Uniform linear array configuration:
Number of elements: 12
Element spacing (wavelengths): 0.5
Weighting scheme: kaiser
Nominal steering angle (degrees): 15
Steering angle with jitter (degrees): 16.729
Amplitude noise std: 0.05
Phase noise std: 0.05

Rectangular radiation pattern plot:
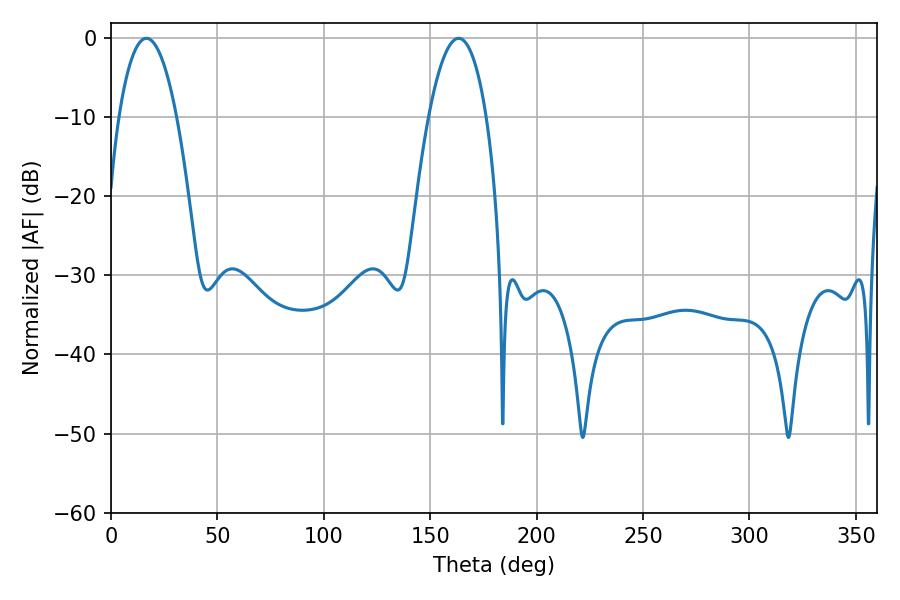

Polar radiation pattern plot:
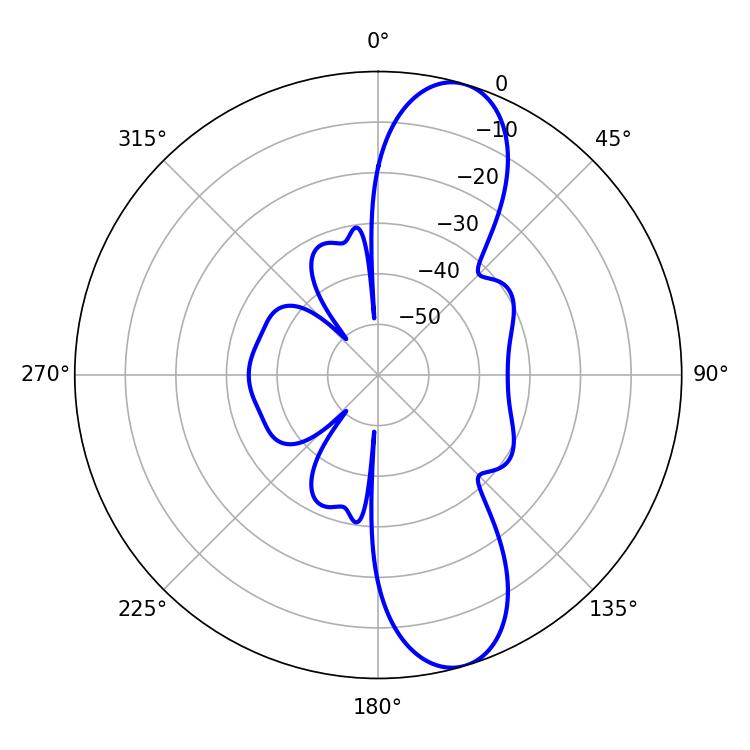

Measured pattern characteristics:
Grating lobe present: FALSE
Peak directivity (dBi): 10.867
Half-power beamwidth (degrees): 14.94
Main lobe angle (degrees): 16.56